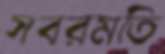
সবরমতি